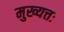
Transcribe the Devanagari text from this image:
मुख्यत्तः